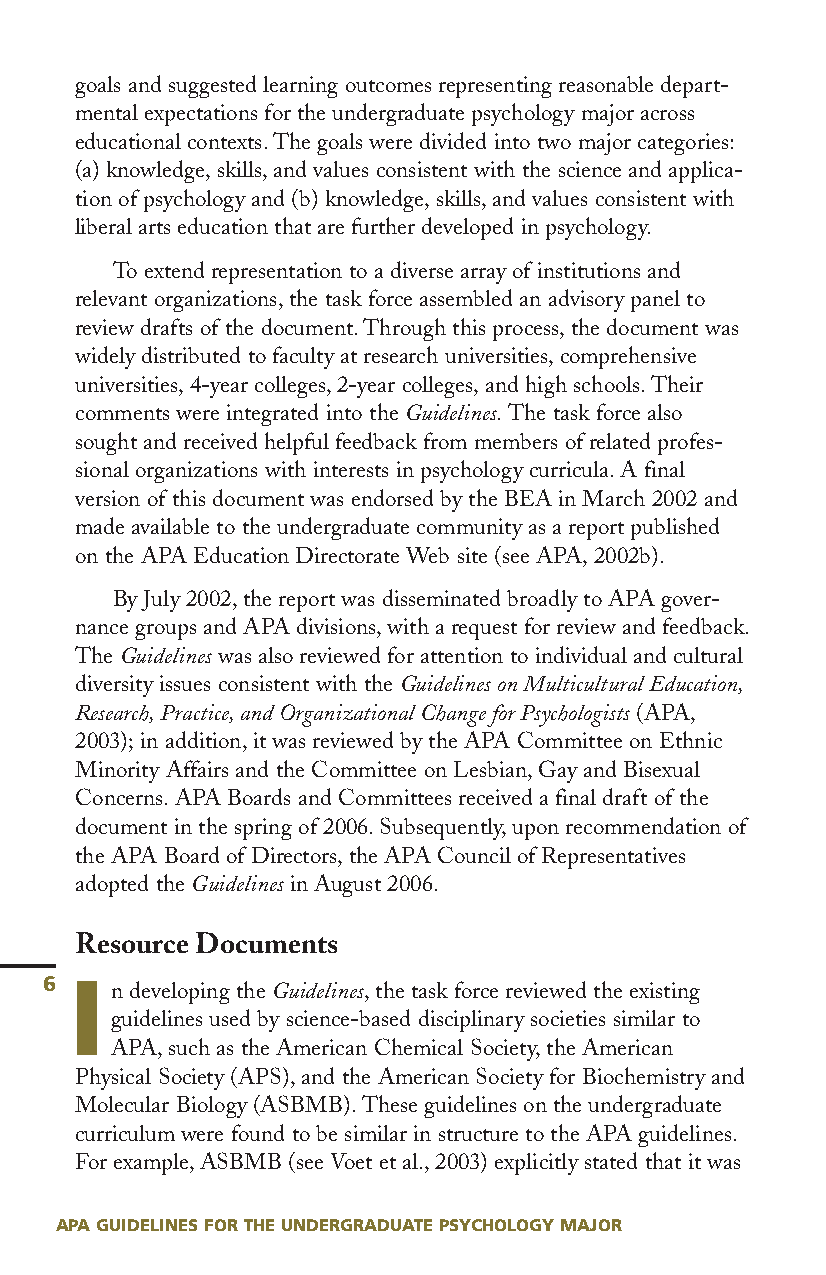
goals and suggested learning outcomes representing reasonable depart-
 mental expectations for the undergraduate psychology major across
 educational contexts.The goals were divided into two major categories:
 (a) knowledge,skills,and values consistent with the science and applica-
 tion of psychology and (b) knowledge,skills,and values consistent with
 liberal arts education that are further developed in psychology.
 To extend representation to a diverse array of institutions and
 relevant organizations,the task force assembled an advisory panel to
 review drafts of the document.Through this process,the document was
 widely distributed to faculty at research universities,comprehensive
 universities,4-year colleges,2-year colleges,and high schools.Their
 comments were integrated into the Guidelines.The task force also
 sought and received helpful feedback from members of related profes-
 sional organizations with interests in psychology curricula.A final
 version of this document was endorsed by the BEA in March 2002 and
 made available to the undergraduate community as a report published
 on the APA Education Directorate Web site (see APA,2002b).
 By July 2002,the report was disseminated broadly to APA gover-
 nance groups and APA divisions,with a request for review and feedback.
 The Guidelines was also reviewed for attention to individual and cultural
 diversity issues consistent with the Guidelines on Multicultural Education,
 Research,Practice,and Organizational Change for Psychologists(APA,
 2003);in addition,it was reviewed by the APA Committee on Ethnic
 Minority Affairs and the Committee on Lesbian,Gay and Bisexual
 Concerns.APA Boards and Committees received a final draft of the
 document in the spring of 2006.Subsequently,upon recommendation of
 the APA Board of Directors,the APA Council of Representatives
 adopted the Guidelines in August 2006.
 Resource Documents
 6 I
 n developing the Guidelines,the task force reviewed the existing
 guidelines used by science-based disciplinary societies similar to
 APA,such as the American Chemical Society,the American
 Physical Society (APS),and the American Society for Biochemistry and
 Molecular Biology (ASBMB).These guidelines on the undergraduate
 curriculum were found to be similar in structure to the APA guidelines.
 For example,ASBMB (see Voet et al.,2003) explicitly stated that it was
 APA GUIDELINES FOR THE UNDERGRADUATE PSYCHOLOGY MAJOR